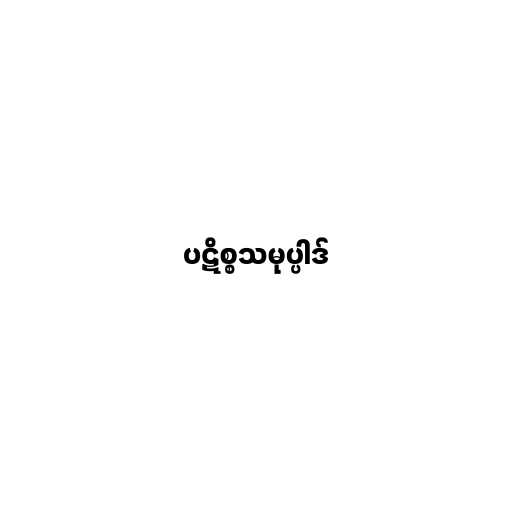
ပဋိစ္စသမုပ္ပါဒ်